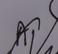
Signature authenticity: forged